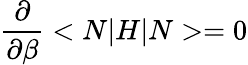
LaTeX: \frac{\partial}{\partial\beta}<N|H|N>=0